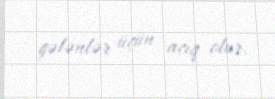
gələnlər üçün açıq olur.